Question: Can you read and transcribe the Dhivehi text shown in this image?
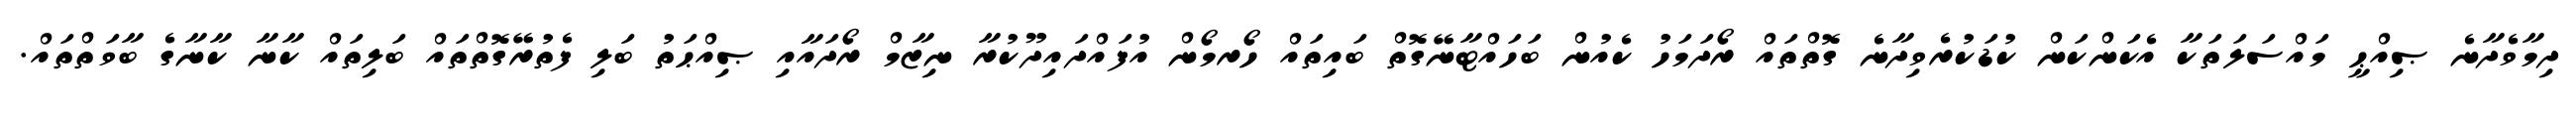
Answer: ދިމާވެދާނެ ޞިއްޙީ މައްސަލަތަކާ އެކަންކަން ކުޑަކުރެވިދާނެ ގޮތްތައް ރޯދަމަހު ކެއުން ބަހައްޓާނޭގޮތް ބައިތައް ހޯރމޯން އުފައްދައިދޫކުރާ ނިޒާމް ރޯދައާއި ޞިއްޙަތު ބަލި ފެތުރޭގޮތްތައް ބަލިތައް ކާނާ ކާނާގެ ބާވަތްތައް.